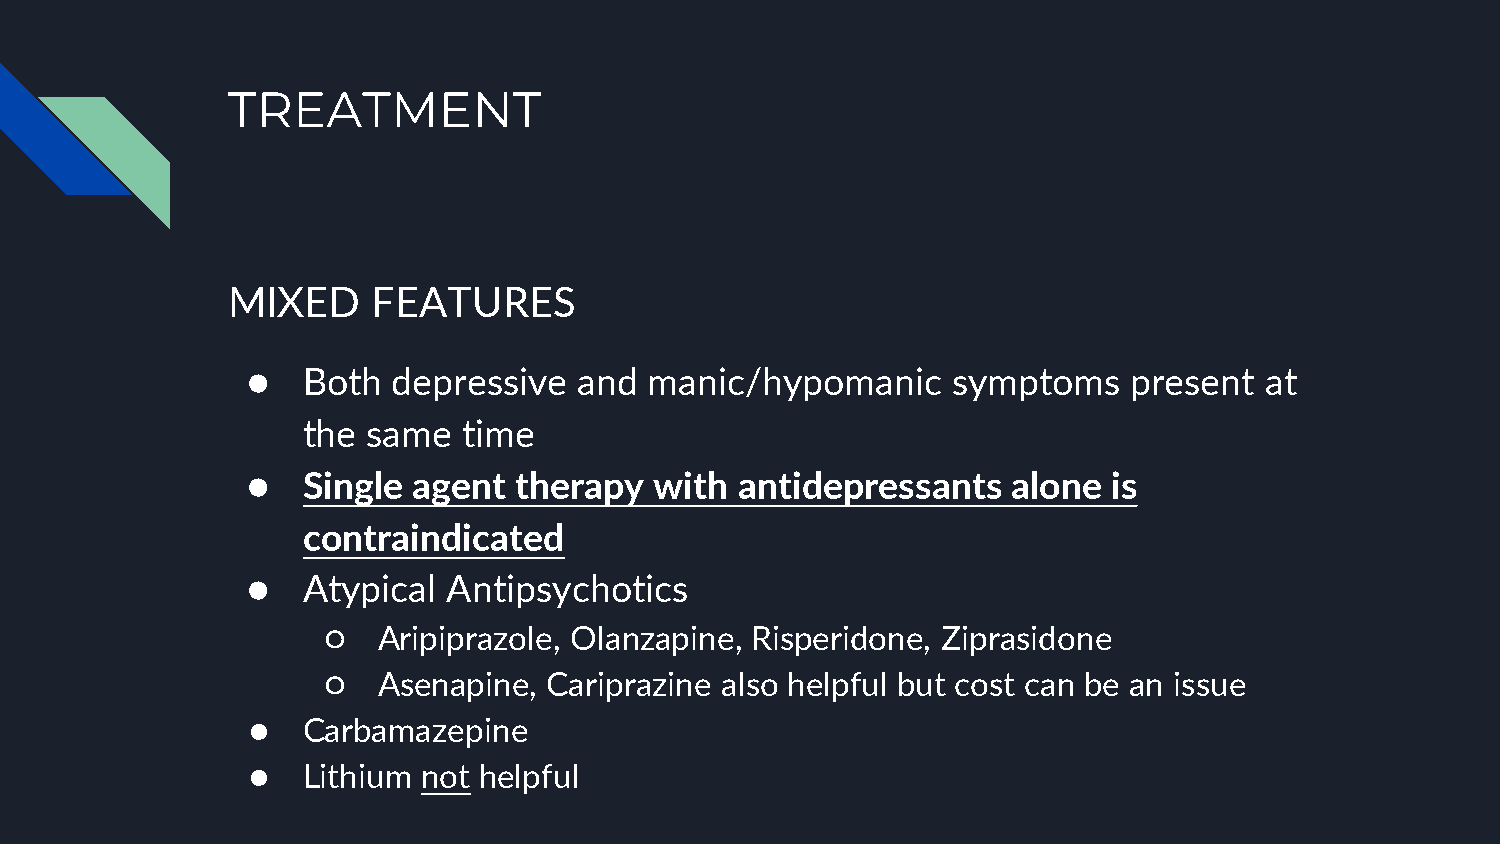
TREATMENT
 MIXED     FEATURES
 ●   Both  depressive  and  manic/hypomanic     symptoms    present  at
 the same   time
 ●   Single agent  therapy  with  antidepressants   alone  is
 contraindicated
 ●   Atypical  Antipsychotics
 ○   Aripiprazole, Olanzapine, Risperidone, Ziprasidone
 ○   Asenapine, Cariprazine also helpful but cost can be an issue
 ●   Carbamazepine
 ●   Lithium not helpful